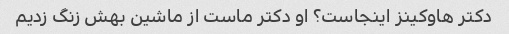
دکتر هاوکینز اینجاست؟ او دکتر ماست از ماشین بهش زنگ زدیم